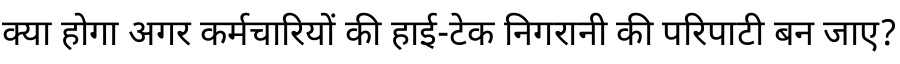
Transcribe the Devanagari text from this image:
क्या होगा अगर कर्मचारियों की हाई-टेक निगरानी की परिपाटी बन जाए?